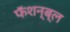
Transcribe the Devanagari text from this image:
फॅशन्ब्ल